Senior Leaving Certificate Examination (including Day School Certificate (Higher) General paper), 1946
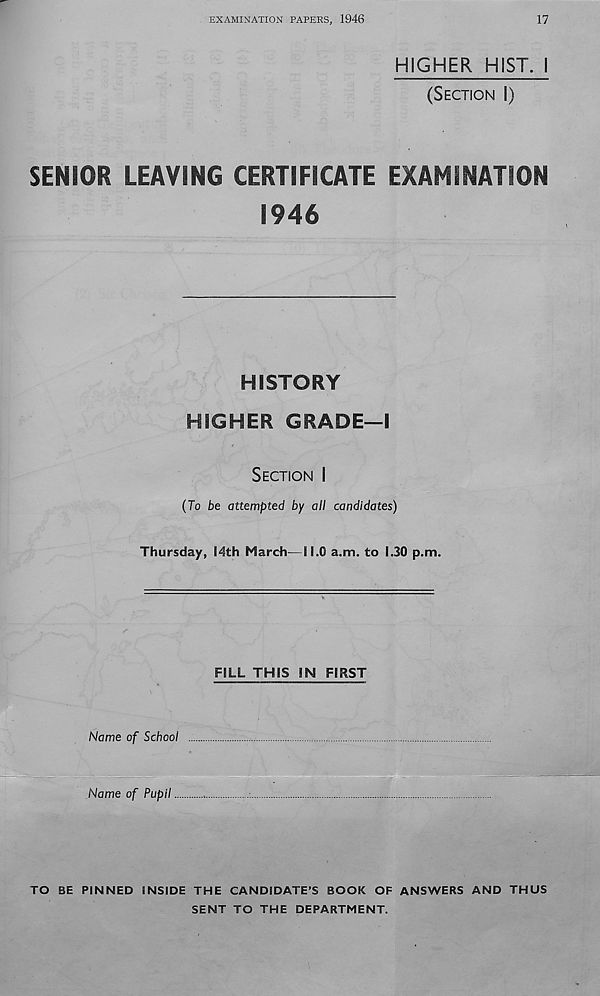
EXAMINATION PAPERS, 1946
17
HIGHER HIST. \
(SECTION I)
SENIOR LEAVING CERTIFICATE EXAMINATION
1946
HISTORY
HIGHER GRADE—I
SECTION I
(To be attempted by all candidates)
Thursday, 14th March—il.G a.m. to 1.30 p.m.
FILL THIS IN FIRST
Name of School
Name of Pupil
TO BE PINNED INSIDE THE CANDIDATE’S BOOK OF ANSWERS AND THUS
SENT TO THE DEPARTMENT.